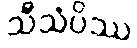
သီသံပိဿ